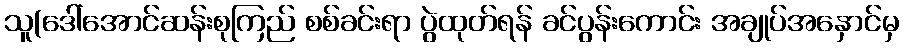
သူ(ဒေါ်အောင်ဆန်းစုကြည် စစ်ခင်းရာ ပွဲထုတ်ရန် ခင်ပွန်းကောင်း အချုပ်အနှောင်မှ